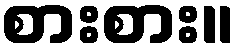
စားစား။